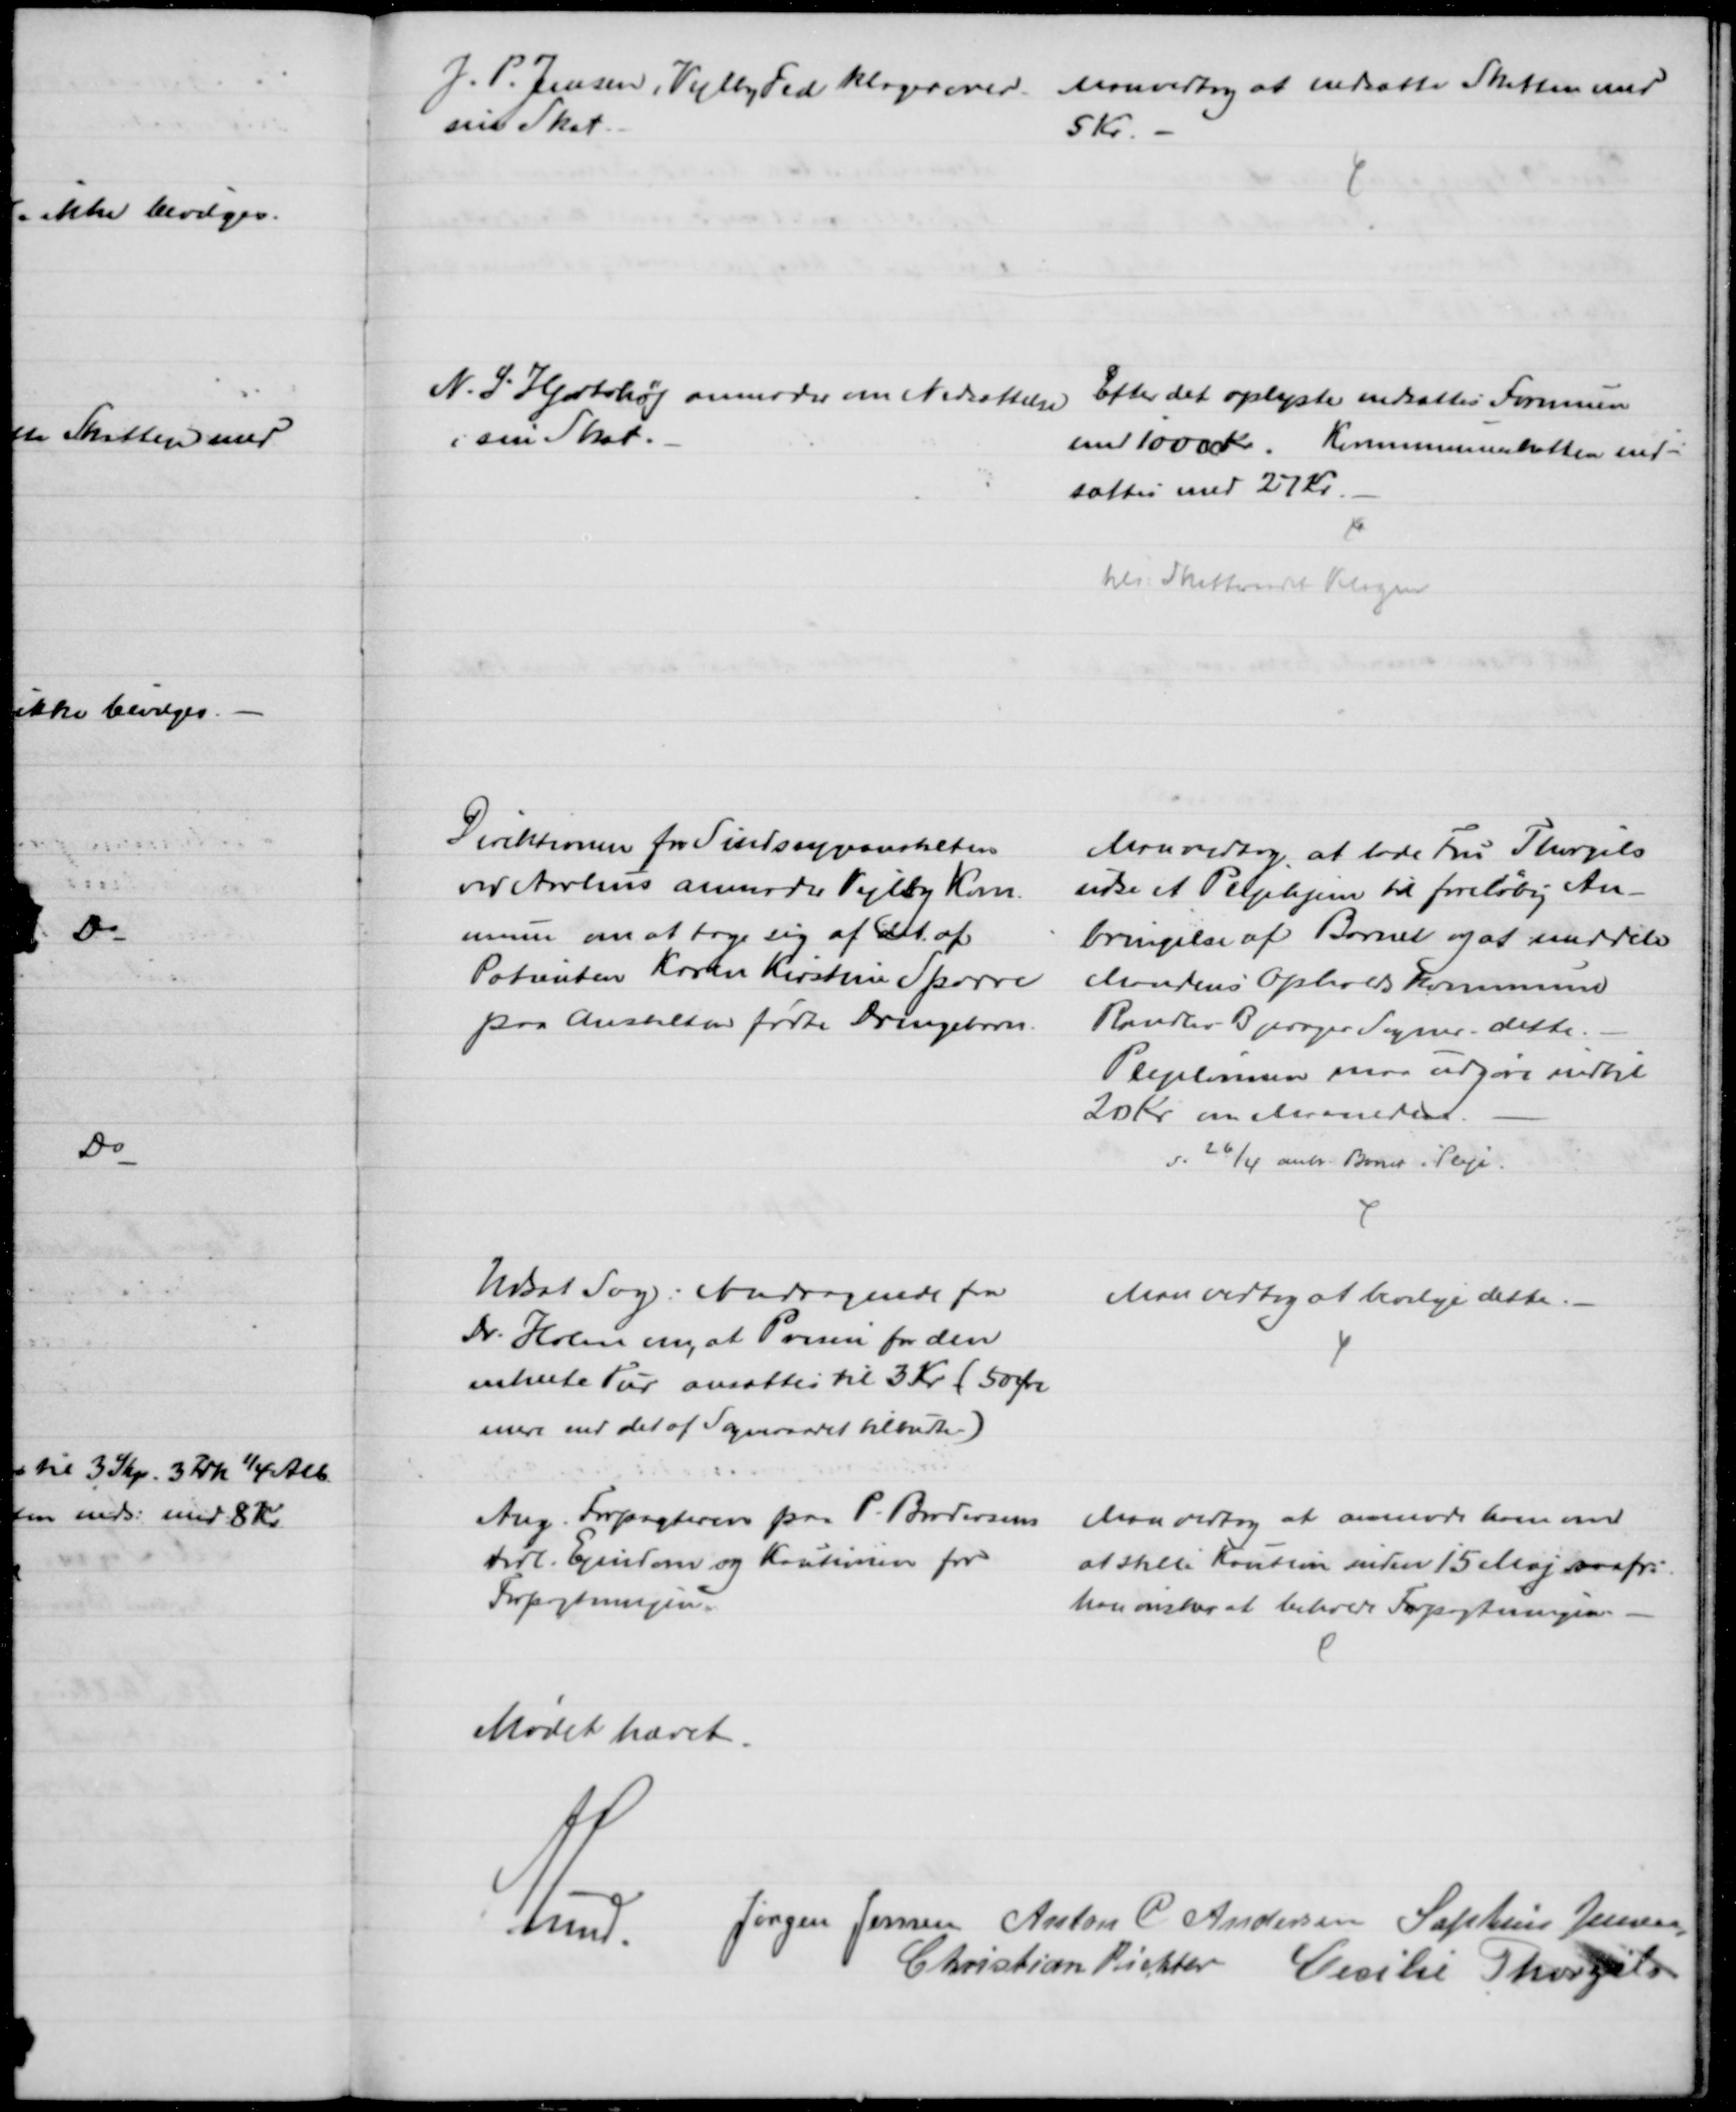
Transskription:
J. P. Jensen, Vejlby Fed klager over
sin Skat
Man vedtog at nedsætte Skatten med
5 Kr. 
N. S. Hjortshøj anmoder om Nedsættelse
i sin Skat.
Efter det oplyste nedsattes Formuen
med 1000 Kr. Kommuneskatten ned-
sattes med 27 Kr.
tils: Skatteraadet Klagen
Direktionen for Sindssygeanstalten
ved Aarhus anmoder Vejlby Kom-
mune om at tage sig af det af 
Patienten Karen Kirstine Sparre
paa Anstalten fødte Drengebarn.
Man vedtog at lade Fru Thorgils
udse et Plejehjem til foreløbig An-
bringelse af Barnet og at meddele
Mandens Opholdskommune
Randlev Bjerager Sogner. dette.
Plejelønnen maa udgøre indtil
20 Kr. om Maaneden.
d. 26/4 anbr. Barnet i Pleje.
Udsat Sag: Andragende fra
Dr. Holm om, at Prisen for den
enkelte Tur ansættes til 3 Kr. (50 Øre
mere end det af Sogneraadet tilbudte)
Man vedtog at bevilge dette.
Ang. Forpagteren fra P. Brodersens
tidl. Ejendom og Kautionen for
Forpagtningen.
Man vedtog at anmode ham om
at stille Kaution inden 15 Maj saafr:
han ønsker at beholde Forpagtningen
Mødet hævet.
A. Lund.
Jørgen Jensen Anton C. Andersen Sophus Jensen
Christian Richter Cecilie Thorgils.